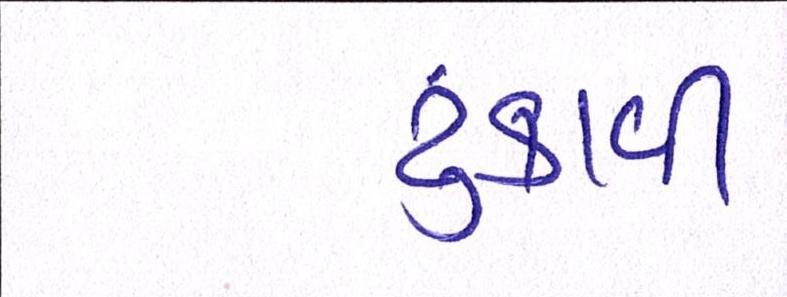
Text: ટુંકાવી